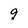
Character: 9